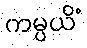
ကမ္ပယိံ